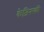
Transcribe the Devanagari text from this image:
केज़िनस्की